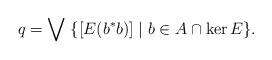
LaTeX: \begin{align*}q=\bigvee\;\{[E(b^*b)]\mid b\in A\cap\ker E\}.\end{align*}